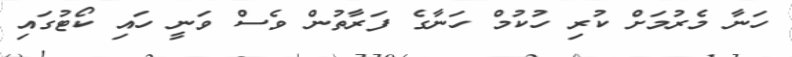
ހަނާ މެރުމަށް ކުރި ހުކުމް ހަނާގެ ފަރާތުން ވެސް ވަނީ ހައި ކޯޓުގައި